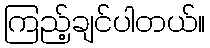
ကြည့်ချင်ပါတယ်။